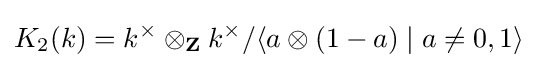
K_{2}(k)=k^{\times }\otimes _{\mathbf {Z} }k^{\times }/\langle a\otimes (1-a)\mid a\not =0,1\rangle